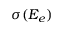
\sigma ( E _ { e } )